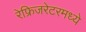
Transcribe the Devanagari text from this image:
रेफ्रिजरेटरमध्ये